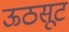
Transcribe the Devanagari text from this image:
ऊठसूट